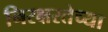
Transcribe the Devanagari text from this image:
निरक्षरतेच्या